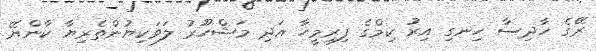
ރޭގެ ހާދިސާ ހިނގި އިރު ކިމްގެ ފިރިމީހާ އަދި މަޝްހޫރު ލަވަކިޔުންތެރިޔާ ކާންޔޭ